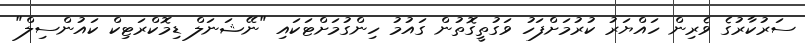
ސަރުކާރުގެ ވެރިން ހައްޔަރު ކުރުމަށްފަހު ވަގުތީގޮތުން ގައުމު ހިންގުމަށްޓަކައި "ނޭޝަނަލް ޑިމޮކްރަޓިކް ކައުންސިލް"